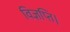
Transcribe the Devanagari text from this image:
विज्ञप्ति।